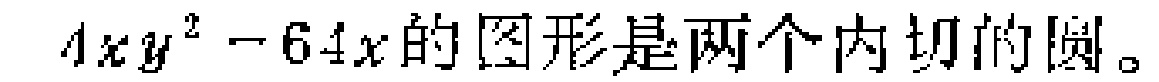
人可以得到多少对兔子？